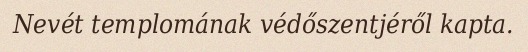
Nevét templomának védőszentjéről kapta.